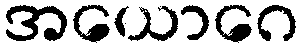
အယောဂေ